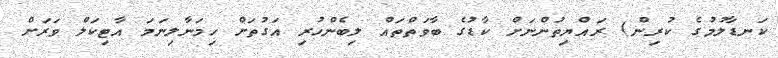
ކަނޑާލުމުގެ ކުރިން) ރައްޔިތުންނަށް ކާޑުގެ ބާވަތްތައް ލިބެންހުރި އަގުތަށް ހިމަނާލިނަމަ އާޓިކަލް ވަރަށް